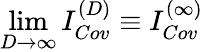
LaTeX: \operatorname*{lim}_{D\rightarrow\infty}I_{Cov}^{(D)}\equiv{}I_{Cov}^{(\infty)}